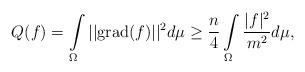
LaTeX: \begin{align*} Q(f)=\int\limits_\Omega||\mathrm{grad}(f)||^2 d\mu \geq \frac{n}{4} \int\limits_\Omega \frac{|f|^2}{m^2}d\mu,\end{align*}